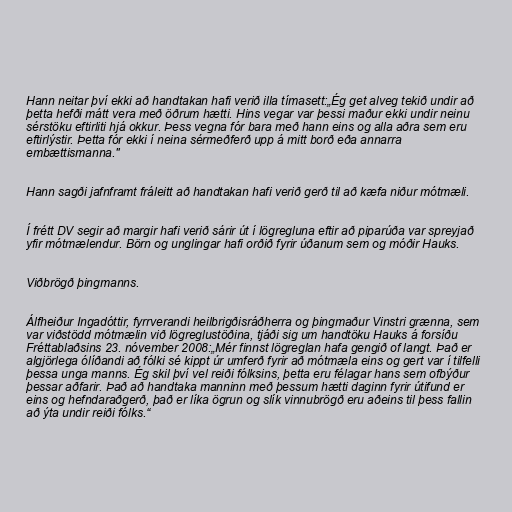
Hann neitar því ekki að handtakan hafi verið illa tímasett:„Ég get alveg tekið undir að
þetta hefði mátt vera með öðrum hætti. Hins vegar var þessi maður ekki undir neinu
sérstöku eftirliti hjá okkur. Þess vegna fór bara með hann eins og alla aðra sem eru
eftirlýstir. Þetta fór ekki í neina sérmeðferð upp á mitt borð eða annarra
embættismanna."

Hann sagði jafnframt fráleitt að handtakan hafi verið gerð til að kæfa niður mótmæli.

Í frétt DV segir að margir hafi verið sárir út í lögregluna eftir að piparúða var spreyjað
yfir mótmælendur. Börn og unglingar hafi orðið fyrir úðanum sem og móðir Hauks.

Viðbrögð þingmanns.

Álfheiður Ingadóttir, fyrrverandi heilbrigðisráðherra og þingmaður Vinstri grænna, sem
var viðstödd mótmælin við lögreglustöðina, tjáði sig um handtöku Hauks á forsíðu
Fréttablaðsins 23. nóvember 2008:„Mér finnst lögreglan hafa gengið of langt. Það er
algjörlega ólíðandi að fólki sé kippt úr umferð fyrir að mótmæla eins og gert var í tilfelli
þessa unga manns. Ég skil því vel reiði fólksins, þetta eru félagar hans sem ofbýður
þessar aðfarir. Það að handtaka manninn með þessum hætti daginn fyrir útifund er
eins og hefndaraðgerð, það er líka ögrun og slík vinnubrögð eru aðeins til þess fallin
að ýta undir reiði fólks.“